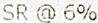
SR @ 6%